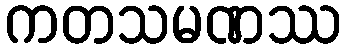
ကတသမဏဿ